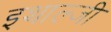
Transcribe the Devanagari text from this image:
इथाल्जी